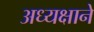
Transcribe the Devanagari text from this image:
अध्यक्षाने